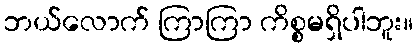
ဘယ်လောက် ကြာကြာ ကိစ္စမရှိပါဘူး။